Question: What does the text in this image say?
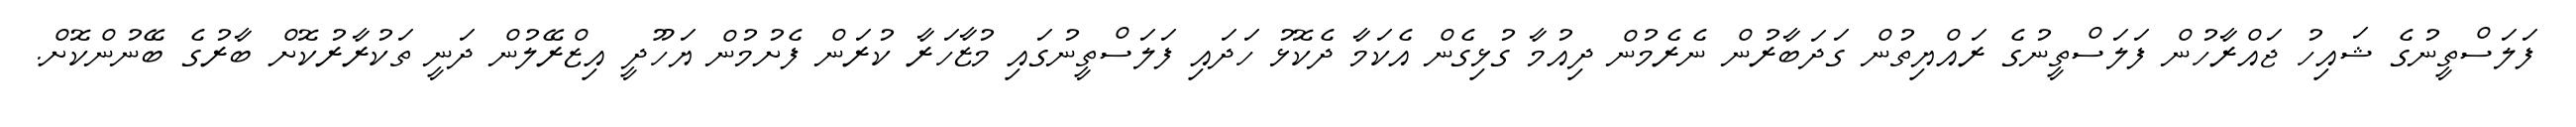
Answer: ފަލަސްތީނުގެ ޝައިހު ޖައްރާހުން ފަލަސްތީނުގެ ރައްޔިތުން ގަދަބާރުން ނެރެމުން ދިއުމާ ގުޅިގެން އެކަމާ ދެކޮޅު ހަދައި ފަލަސްތީނުގައި މުޒާހަރާ ކުރަން ފެށުމުން ޔަހޫދީ އިޒްރޭލުން ދަނީ ތަކުރާރުކޮށް ބާރުގެ ބޭނުންކޮށް.